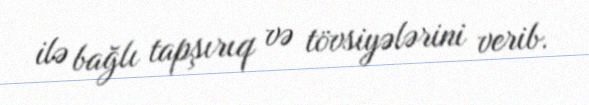
ilə bağlı tapşırıq və tövsiyələrini verib.